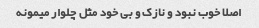
اصلا خوب نبود و نازک و بی خود مثل چلوار میمونه